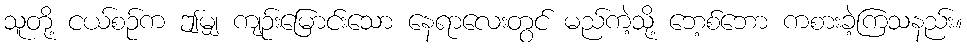
သူတို့ ငယ်စဉ်က ဤမျှ ကျဉ်းမြောင်းသော နေရာလေးတွင် မည်ကဲ့သို့ ဘေ့စ်ဘော ကစားခဲ့ကြသနည်း။